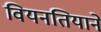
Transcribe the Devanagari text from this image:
वियनतियाने